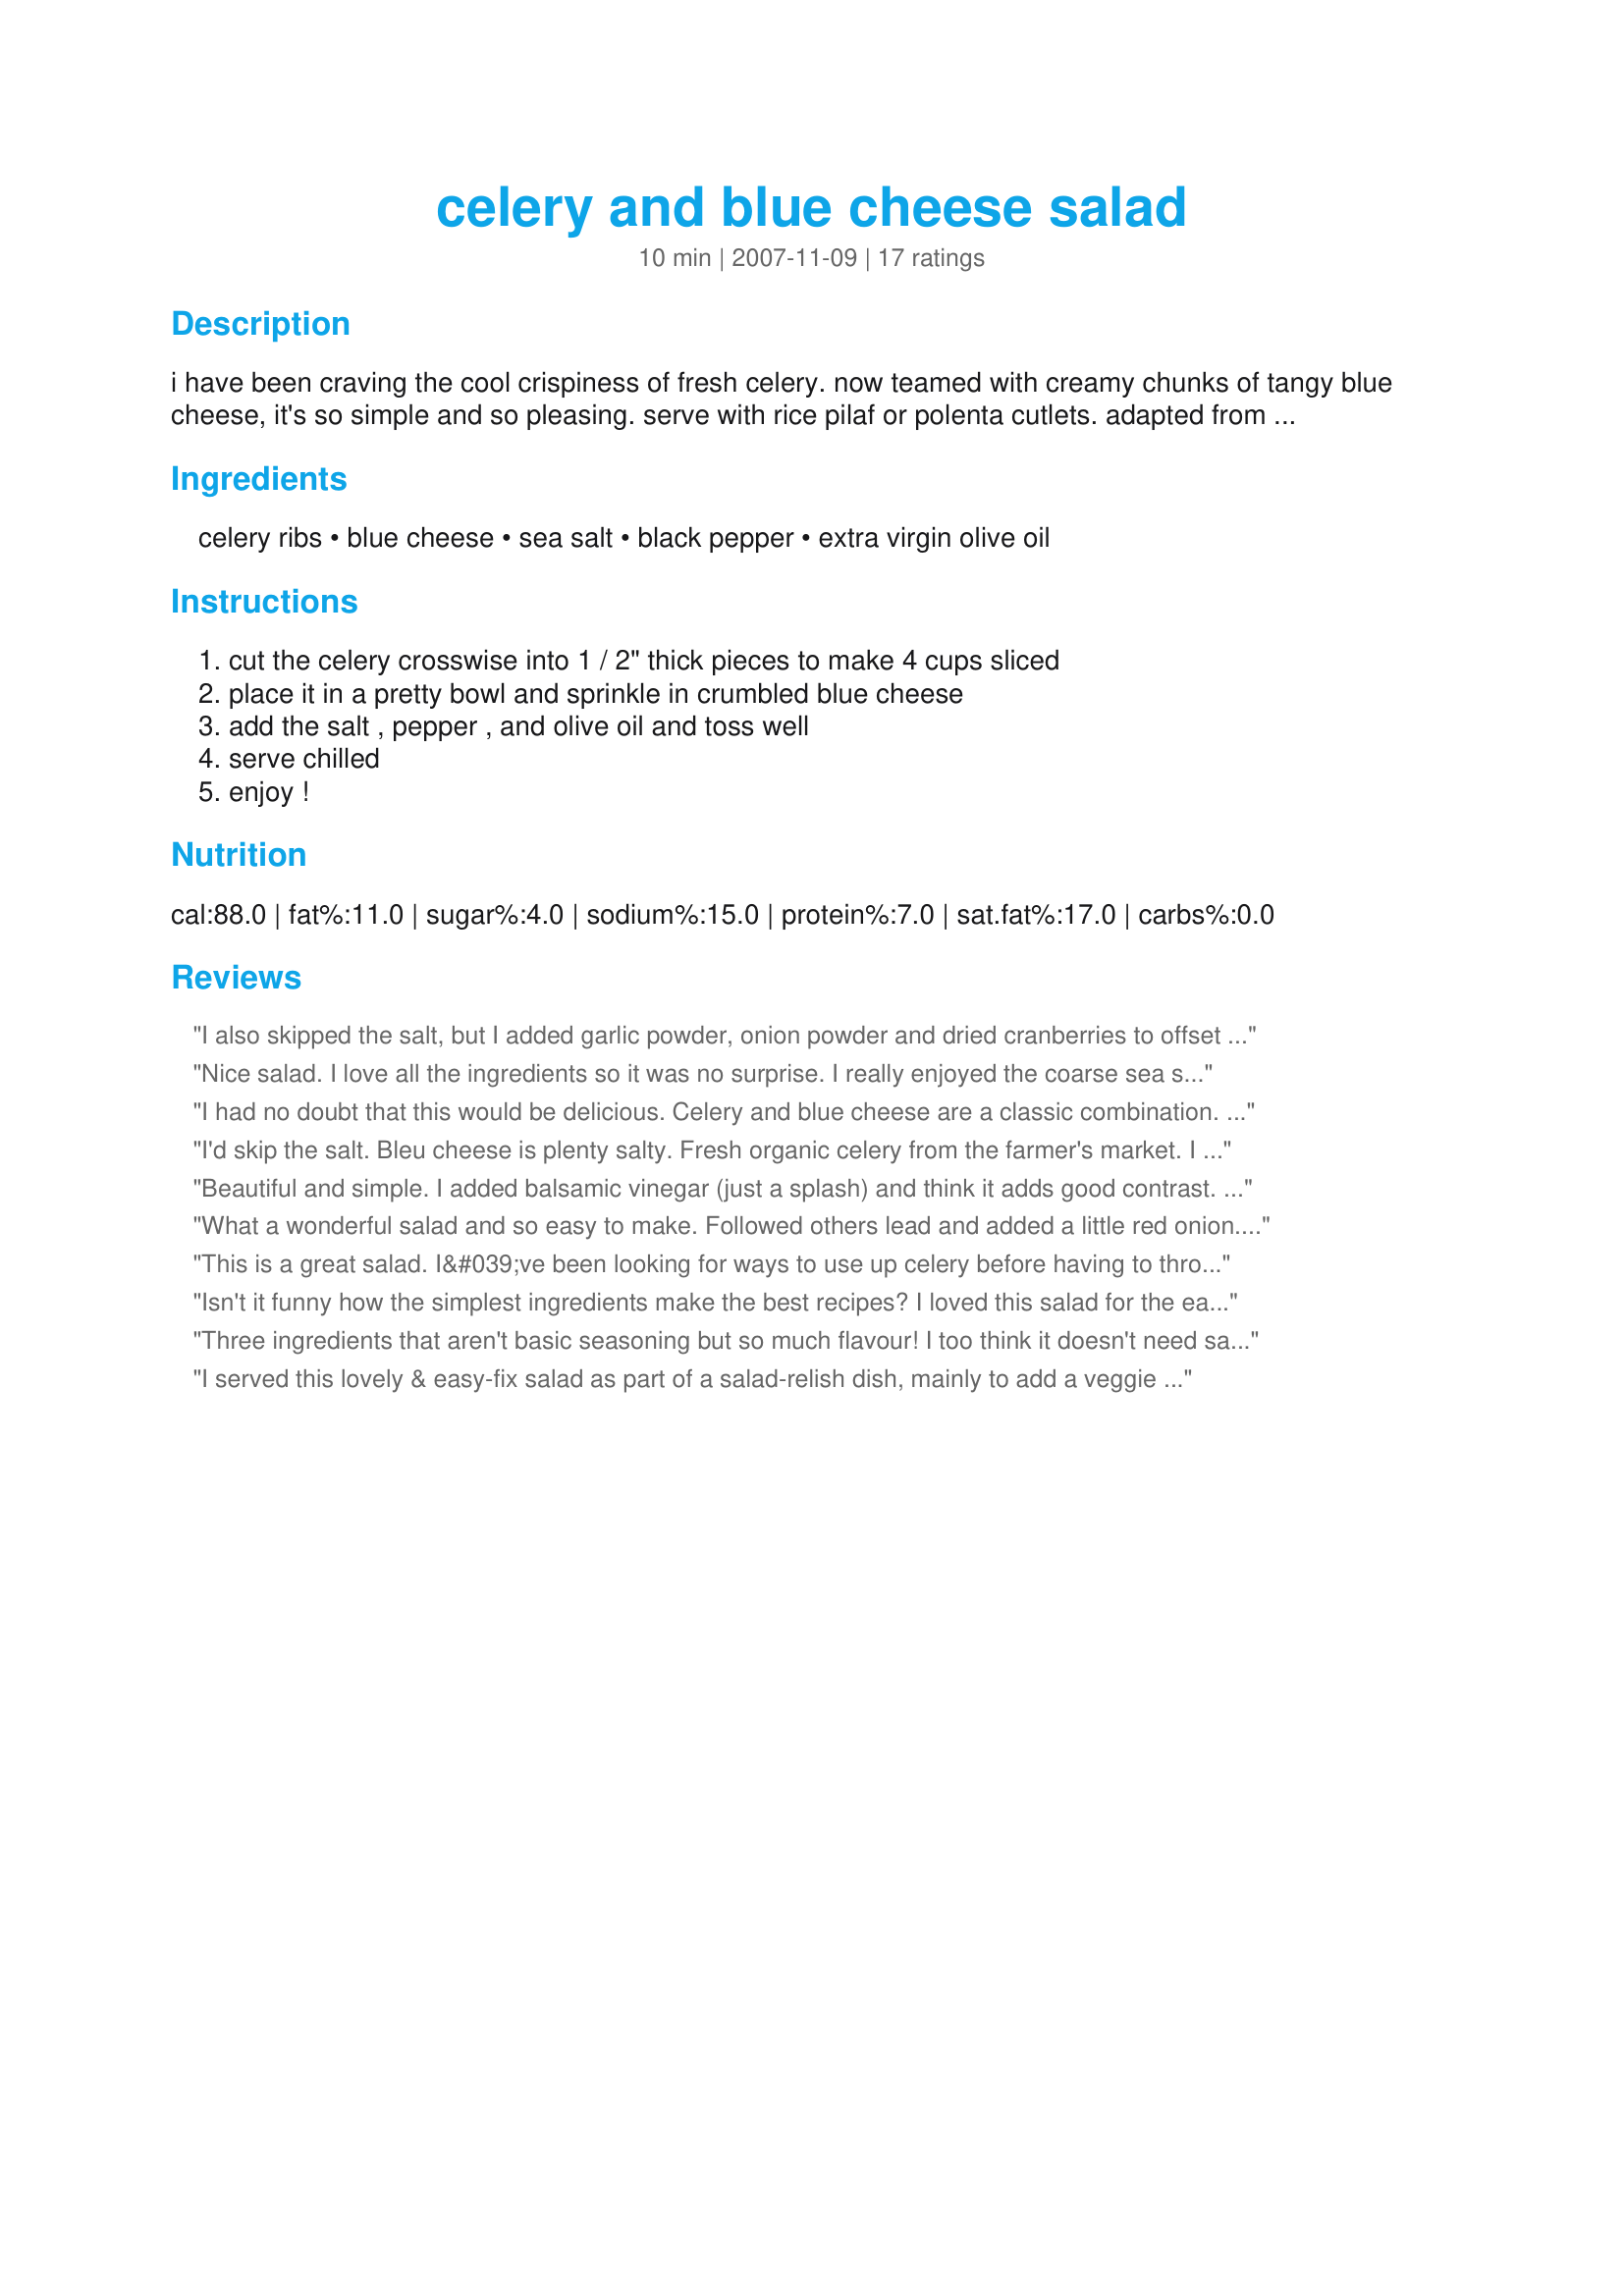
celery and blue cheese salad
Preparation time: 10 minutes

i have been craving the cool crispiness of fresh celery. now teamed with creamy chunks of tangy blue cheese, it's so simple and so pleasing. serve with rice pilaf or polenta cutlets. adapted from moosewood restaurant new classics cookbook. enjoy! recomended cheeses are maytag, mellow danish, and buttermilk blue.

Ingredients:
celery ribs, blue cheese, sea salt, black pepper, extra virgin olive oil

Steps:
cut the celery crosswise into 1 / 2" thick pieces to make 4 cups sliced, place it in a pretty bowl and sprinkle in crumbled blue cheese, add the salt , pepper , and olive oil and toss well, serve chilled, enjoy !

Reviews:
I also skipped the salt, but I added garlic powder, onion powder and dried cranberries to offset the saltiness with a touch of sweet, so delicious!!
Nice salad. I love all the ingredients so it was no surprise. I really enjoyed the coarse sea salt and wouldn't pass it up.
I had no doubt that this would be delicious. Celery and blue cheese are a classic combination. This is so simple, yet it's a perfect side dish when you want something different. I recommend serving this with anything you'd serve coleslaw with. It begs to be a side for BBQ chicken! Thanx for a new unique side salad!
I'd skip the salt. Bleu cheese is plenty salty. Fresh organic celery from the farmer's market. I included the hearts and leaves for that extra dose of pizazz and red onion for color. Special mention: Rogue Creamerys 'Crater Lake' award-winning bleu cheese. Amazing! Reviewed for ZWT #6.
Beautiful and simple. I added balsamic vinegar (just a splash) and think it adds good contrast. I think adding red onion and walnuts would really step it up as well.
What a wonderful salad and so easy to make. Followed others lead and added a little red onion. Really complimented my salmon dinner! Made for ZWT #6
This is a great salad. I&#039;ve been looking for ways to use up celery before having to throw it out, this recipe is a good one for that purpose. I really like blue cheese, and would never have thought of making a salad with the main ingredient being celery. I cut my celery into smaller pieces, and used a cup of blue cheese. I also used extra coarse sea salt, simple and so delicious!
Isn't it funny how the simplest ingredients make the best recipes? I loved this salad for the ease in the making and the crispness of the celery next to the creaminess of the blue cheese. Used Clemson Blue Cheese (the best, in my opinion). Made for Beverage Tag.
Three ingredients that aren't basic seasoning but so much flavour! I too think it doesn't need salt in the future because the cheese has such a salty nature but that is personal taste. I used British Stilton as the cheese and loved the rich taste against the clean crisp of the celery. Made for Zee Zany Zesty Cookz for the Family Picks portion of ZWT 6.
I served this lovely & easy-fix salad as part of a salad-relish dish, mainly to add a veggie + color & texture to a simple meal of oven-baked fish fillets & parslied potatoes. It was the simplest part of the meal, but the star of it. It is creamy-rich & packed w/flavor + crunch. I added red onion as suggested by another reviewer & liked that a lot. Great recipe, Sharon. Thx for sharing it w/us. :-)
Wow! So simple and very tasty! I was also craving celery and blue cheese and this hit the spot. I think next time I may add some red onion...overall, a definite keeper. Thanks for sharing!
I added red onion to this, too, as mentioned by previous reviewers. We all enjoyed this salad today as part of a Scandinavian lunch-feast. Thanks.
What a wonderful treat! Like other, I also added some red onion. I used Maytag Blue Cheese, so very yummy! Thanks for posting, Sharon. Made for ZWT 6.
Although I deviated from the original recipe I still think this is a 5 star recipe. I served this as an appetizer by cutting the organic celery into bite size pieces (about 1 inch long) smashing a small amount of blue cheese onto the celery indentation, sprinkle with freshly ground black pepper and serve. I skipped the salt as blue cheese is pretty salty. I make this ahead of time, store it in a shallow Tupperware and then serve it as finger food. My blue cheese eating friends love this. Thank you.
Sharon - another winner! I know this is my go-to wonderful place to go for the best of the best recipes, and this is no exception. I also added the red onion, but not necessary. I could eat this all day and night! Made for ZWT 6!
What a great flavor combination! Loved and will definitely make again.
Okay so the cheese I used was feta, the salad was wonderful. The coarse sea salt and black pepper are a must. I made this in the morning and enjoyed it well chilled at lunch. The combination of textures make this most enjoyable. The crunch of the celery combined with the creaminess of the cheese made this a great side to serve with my sandwich at lunch.
